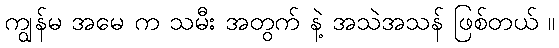
ကျွန်မ အမေ က သမီး အတွက် နဲ့ အသဲအသန် ဖြစ်တယ် ။